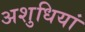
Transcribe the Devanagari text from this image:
अशुधियां